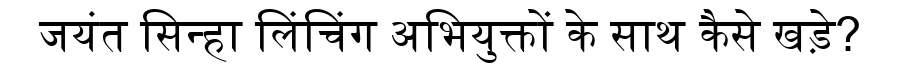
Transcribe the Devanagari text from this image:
जयंत सिन्हा लिंचिंग अभियुक्तों के साथ कैसे खड़े?